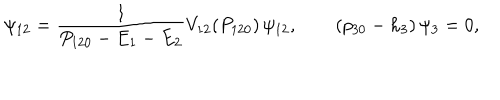
LaTeX: \psi _ { 1 2 } = { \frac { 1 } { P _ { 1 2 0 } - E _ { 1 } - E _ { 2 } } } V _ { 1 2 } ( P _ { 1 2 0 } ) \, \psi _ { 1 2 } , \qquad ( p _ { 3 0 } - h _ { 3 } ) \, \psi _ { 3 } = 0 ,